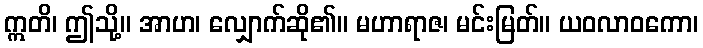
ဣတိ၊ ဤသို့။ အာဟ၊ လျှောက်ဆို၏။ မဟာရာဇ၊ မင်းမြတ်။ ယဝလာဝကော၊